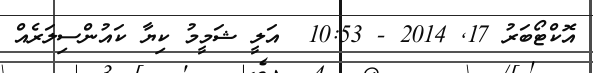
އޮކްޓޯބަރު 17